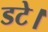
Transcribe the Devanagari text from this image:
डटे।